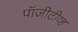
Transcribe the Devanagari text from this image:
पॉजीटीव्ह